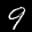
Label: 9